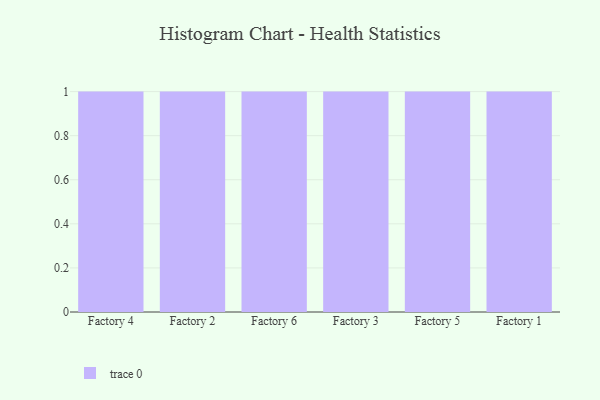
{"axis": {"x": "Factory", "y": "Inventory Turnover"}, "legend": [""], "data": [{"x": "Factory 4", "y": 34, "type": ""}, {"x": "Factory 2", "y": 42, "type": ""}, {"x": "Factory 6", "y": 40, "type": ""}, {"x": "Factory 3", "y": 25, "type": ""}, {"x": "Factory 5", "y": 67, "type": ""}, {"x": "Factory 1", "y": 38, "type": ""}]}